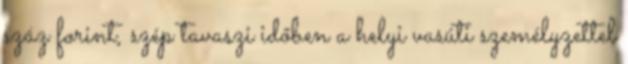
száz forint, szép tavaszi időben a helyi vasúti személyzettel